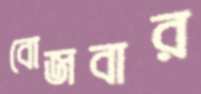
বোজবার